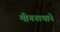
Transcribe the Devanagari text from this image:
मीननाथाने